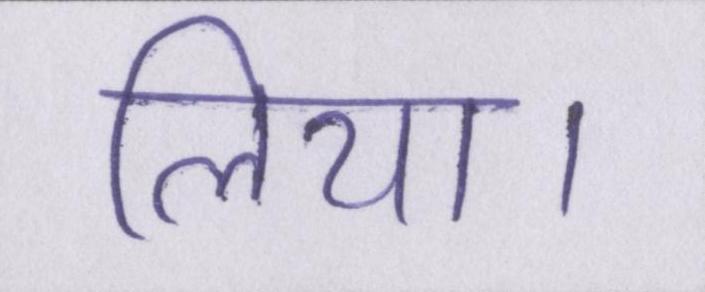
लिया।